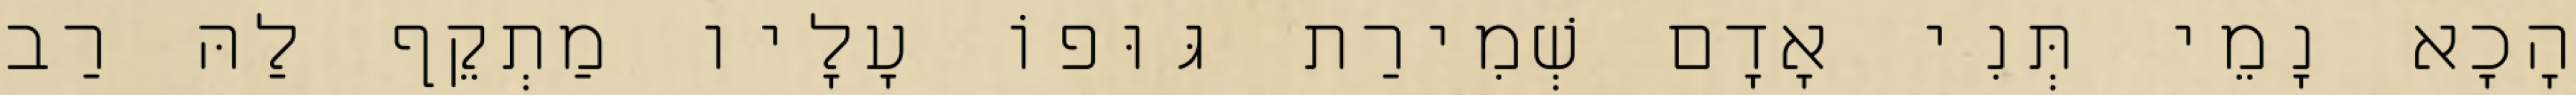
הָכָא נָמֵי תְּנִי אָדָם שְׁמִירַת גּוּפוֹ עָלָיו מַתְקֵף לַהּ רַב